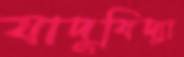
যাদুবিদ্যা